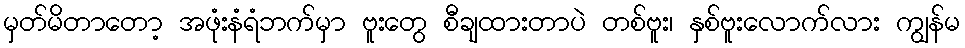
မှတ်မိတာတော့ အဖုံးနံရံဘက်မှာ ဗူးတွေ စီချထားတာပဲ တစ်ဗူး၊ နှစ်ဗူးလောက်လား ကျွန်မ